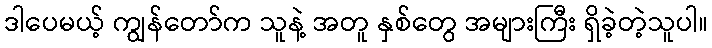
ဒါပေမယ့် ကျွန်တော်က သူနဲ့ အတူ နှစ်တွေ အများကြီး ရှိခဲ့တဲ့သူပါ။